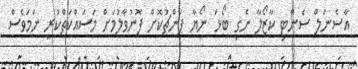
އާސެނަލް ސެންޓި ކާޒޯލާ ނެގި ބޯޅަ ނޯޔާ ޕަންޗުކޮށް ފޮނުވާލުމަށް މަސައްކަތްކުރި ނަމަވެސް